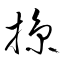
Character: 掠